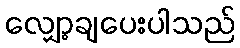
လျှော့ချပေးပါသည်